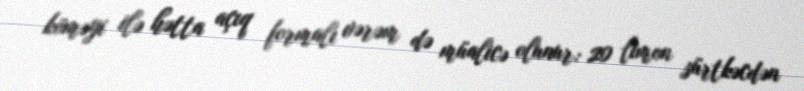
köməyi ilə hətta açıq formalı vərəm də müalicə olunur: 20 limon sürtkəcdən